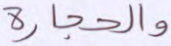
والحجارة